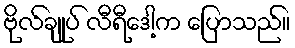
ဗိုလ်ချုပ် လီရီဒေါ့က ပြောသည်။